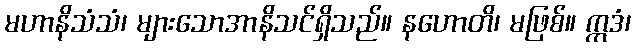
မဟာနိသံသံ၊ များသောအာနိသင်ရှိသည်။ နဟောတိ၊ မဖြစ်။ ဣဒံ၊